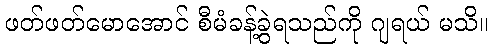
ဖတ်ဖတ်မောအောင် စီမံခန့်ခွဲရသည်ကို ဂျရယ် မသိ။